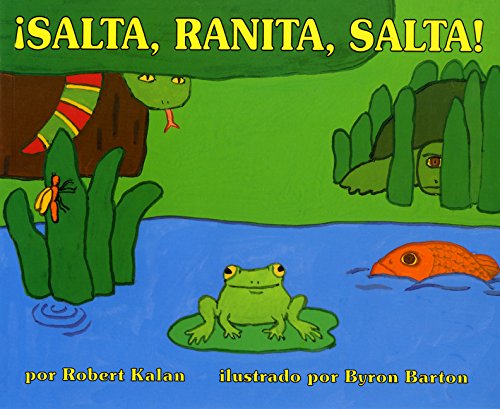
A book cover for Salta, Ranita, Salta! (Spanish Edition); Robert Kalan; Children's Books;